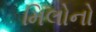
મિલોનો